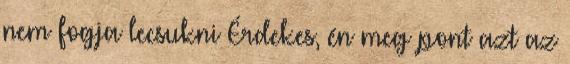
nem fogja lecsukni Érdekes, én meg pont azt az